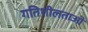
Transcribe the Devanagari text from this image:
गतिशीलताओ